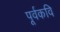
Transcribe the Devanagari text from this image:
पूर्वकवि